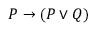
P \to ( P \lor Q )